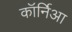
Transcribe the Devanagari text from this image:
कॉर्निआ